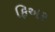
ફિઅર